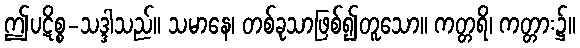
ဤပဋိစ္စ-သဒ္ဒါသည်။ သမာနေ၊ တစ်ခုသာဖြစ်၍တူသော။ ကတ္တရိ၊ ကတ္တား၌။